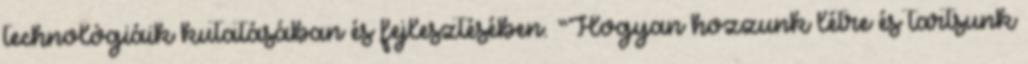
technológiáik kutatásában és fejlesztésében. “Hogyan hozzunk létre és tartsunk